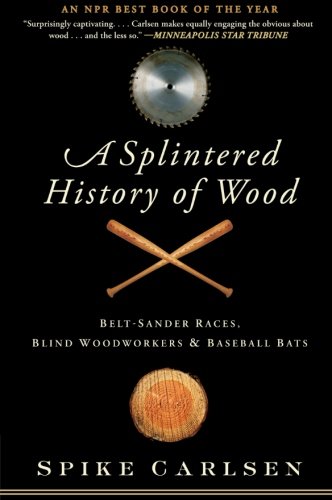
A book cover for A Splintered History of Wood: Belt-Sander Races, Blind Woodworkers, and Baseball Bats; Spike Carlsen; Crafts, Hobbies & Home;